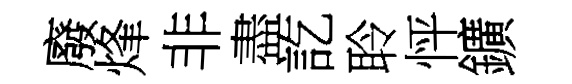
廢烽非盡訖聆怦鑛